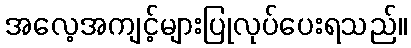
အလေ့အကျင့်များပြုလုပ်ပေးရသည်။